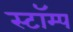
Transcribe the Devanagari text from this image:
स्टॉम्प